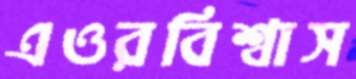
এওরবিশ্বাস